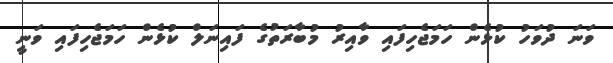
ވަނަ ދުވަހު ކުޅެން ހަމަޖެހިފައި ވާއިރު މުބާރަތުގެ ފައިނަލް ކުޅެން ހަމަޖެހިފައި ވަނީ